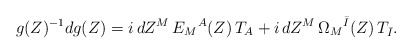
\begin{align*}g(Z)^{-1} d g(Z) = i\, dZ^M \, E_M{}^{A}(Z)\,T_{ A} + i\, dZ^M \, \Omega_M{}^{\bar{I}}(Z)\,T_{ \bar{I}} . \end{align*}